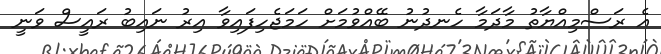
އެ ރަސްމިއްޔާތު މާދަމާ ހެނދުނު ބޭއްވުމަށް ހަމަޖެހިފައިވާ އިރު ނައިބު ރައީސް ވަނީ